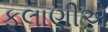
ફૂલાણીએ